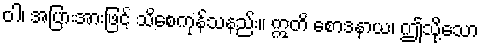
ဝါ၊ အပြားအားဖြင့် သိစေကုန်သနည်း။ ဣတိ စောဒနာယ၊ ဤသို့သော